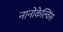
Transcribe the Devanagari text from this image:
नानोकेल्विंस